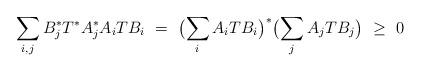
LaTeX: \begin{align*} \sum_{i,j} B_j^* T^* A_j^*A_i T B_i \ = \ \bigl( \sum_i A_i T B_i \bigr)^* \bigl( \sum_j A_j T B_j \bigr) \ \geq\ 0\end{align*}